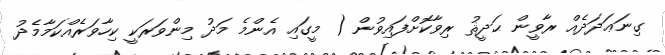
ގިނަޢަދަދެއް ރާވީން ޙަދީޘު ރިވާކޮށްފައިވުން ( މީގައި އެންމެ މަދު މިންވަރަކީ ކިހާވަރެއްކަމާމެދު